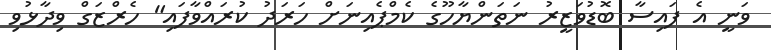
ވަނީ އެ ފައިސާ ބޮޑުވަޒީރު ނަތަންޔާހޫގެ ކެމްޕެއިނަށް ހަރަދު ކުރައްވާފައި" ހެރްޒަގް ވިދާޅުވި